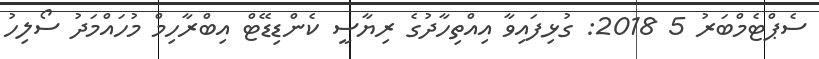
ސެޕްޓެމްބަރު 5 2018: ގުޅިފައިވާ އިއްތިހާދުގެ ރިޔާސީ ކެންޑިޑޭޓް އިބްރާހިމް މުހައްމަދު ސޯލިހު